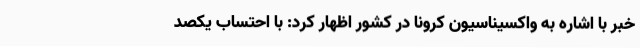
خبر با اشاره به واکسیناسیون کرونا در کشور اظهار کرد: با احتساب یکصد